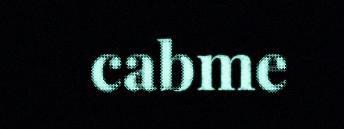
cabme